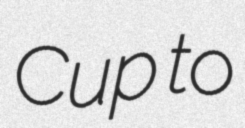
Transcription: Cup to